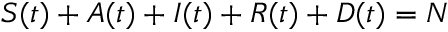
S ( t ) + A ( t ) + I ( t ) + R ( t ) + D ( t ) = N